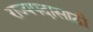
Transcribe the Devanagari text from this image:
राज्यपदासाठी